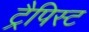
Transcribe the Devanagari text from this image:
ट्रैपिस्ट